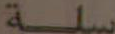
سلة